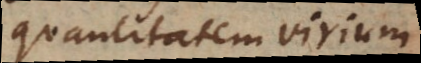
quantitatem virium,